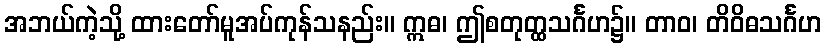
အဘယ်ကဲ့သို့ ထားတော်မူအပ်ကုန်သနည်း။ ဣဓ၊ ဤစတုတ္ထသင်္ဂဟ၌။ တာဝ၊ တိဝိဓသင်္ဂဟ